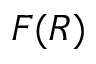
F ( R )